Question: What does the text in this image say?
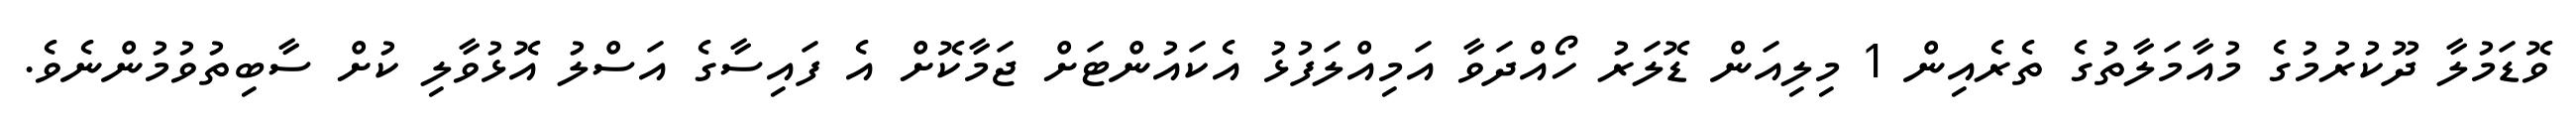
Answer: ވޮޑަމުލާ ދޫކުރުމުގެ މުއާމަލާތުގެ ތެރެއިން 1 މިލިއަން ޑޮލަރު ހޯއްދަވާ އަމިއްލަފުޅު އެކައުންޓަށް ޖަމާކޮށް އެ ފައިސާގެ އަސްލު އޮޅުވާލި ކުށް ސާބިތުވުމުންނެވެ.